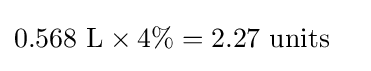
{\begin{aligned}0.568{\mbox{ L}}\times 4\%&=2.27{\mbox{ units}}\end{aligned}}